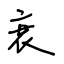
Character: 衰